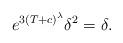
LaTeX: \begin{align*}e^{3\left( T+c\right) ^{\lambda }}\delta ^{2}=\delta . \end{align*}